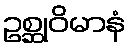
ဥစ္ဆုဝိမာနံ